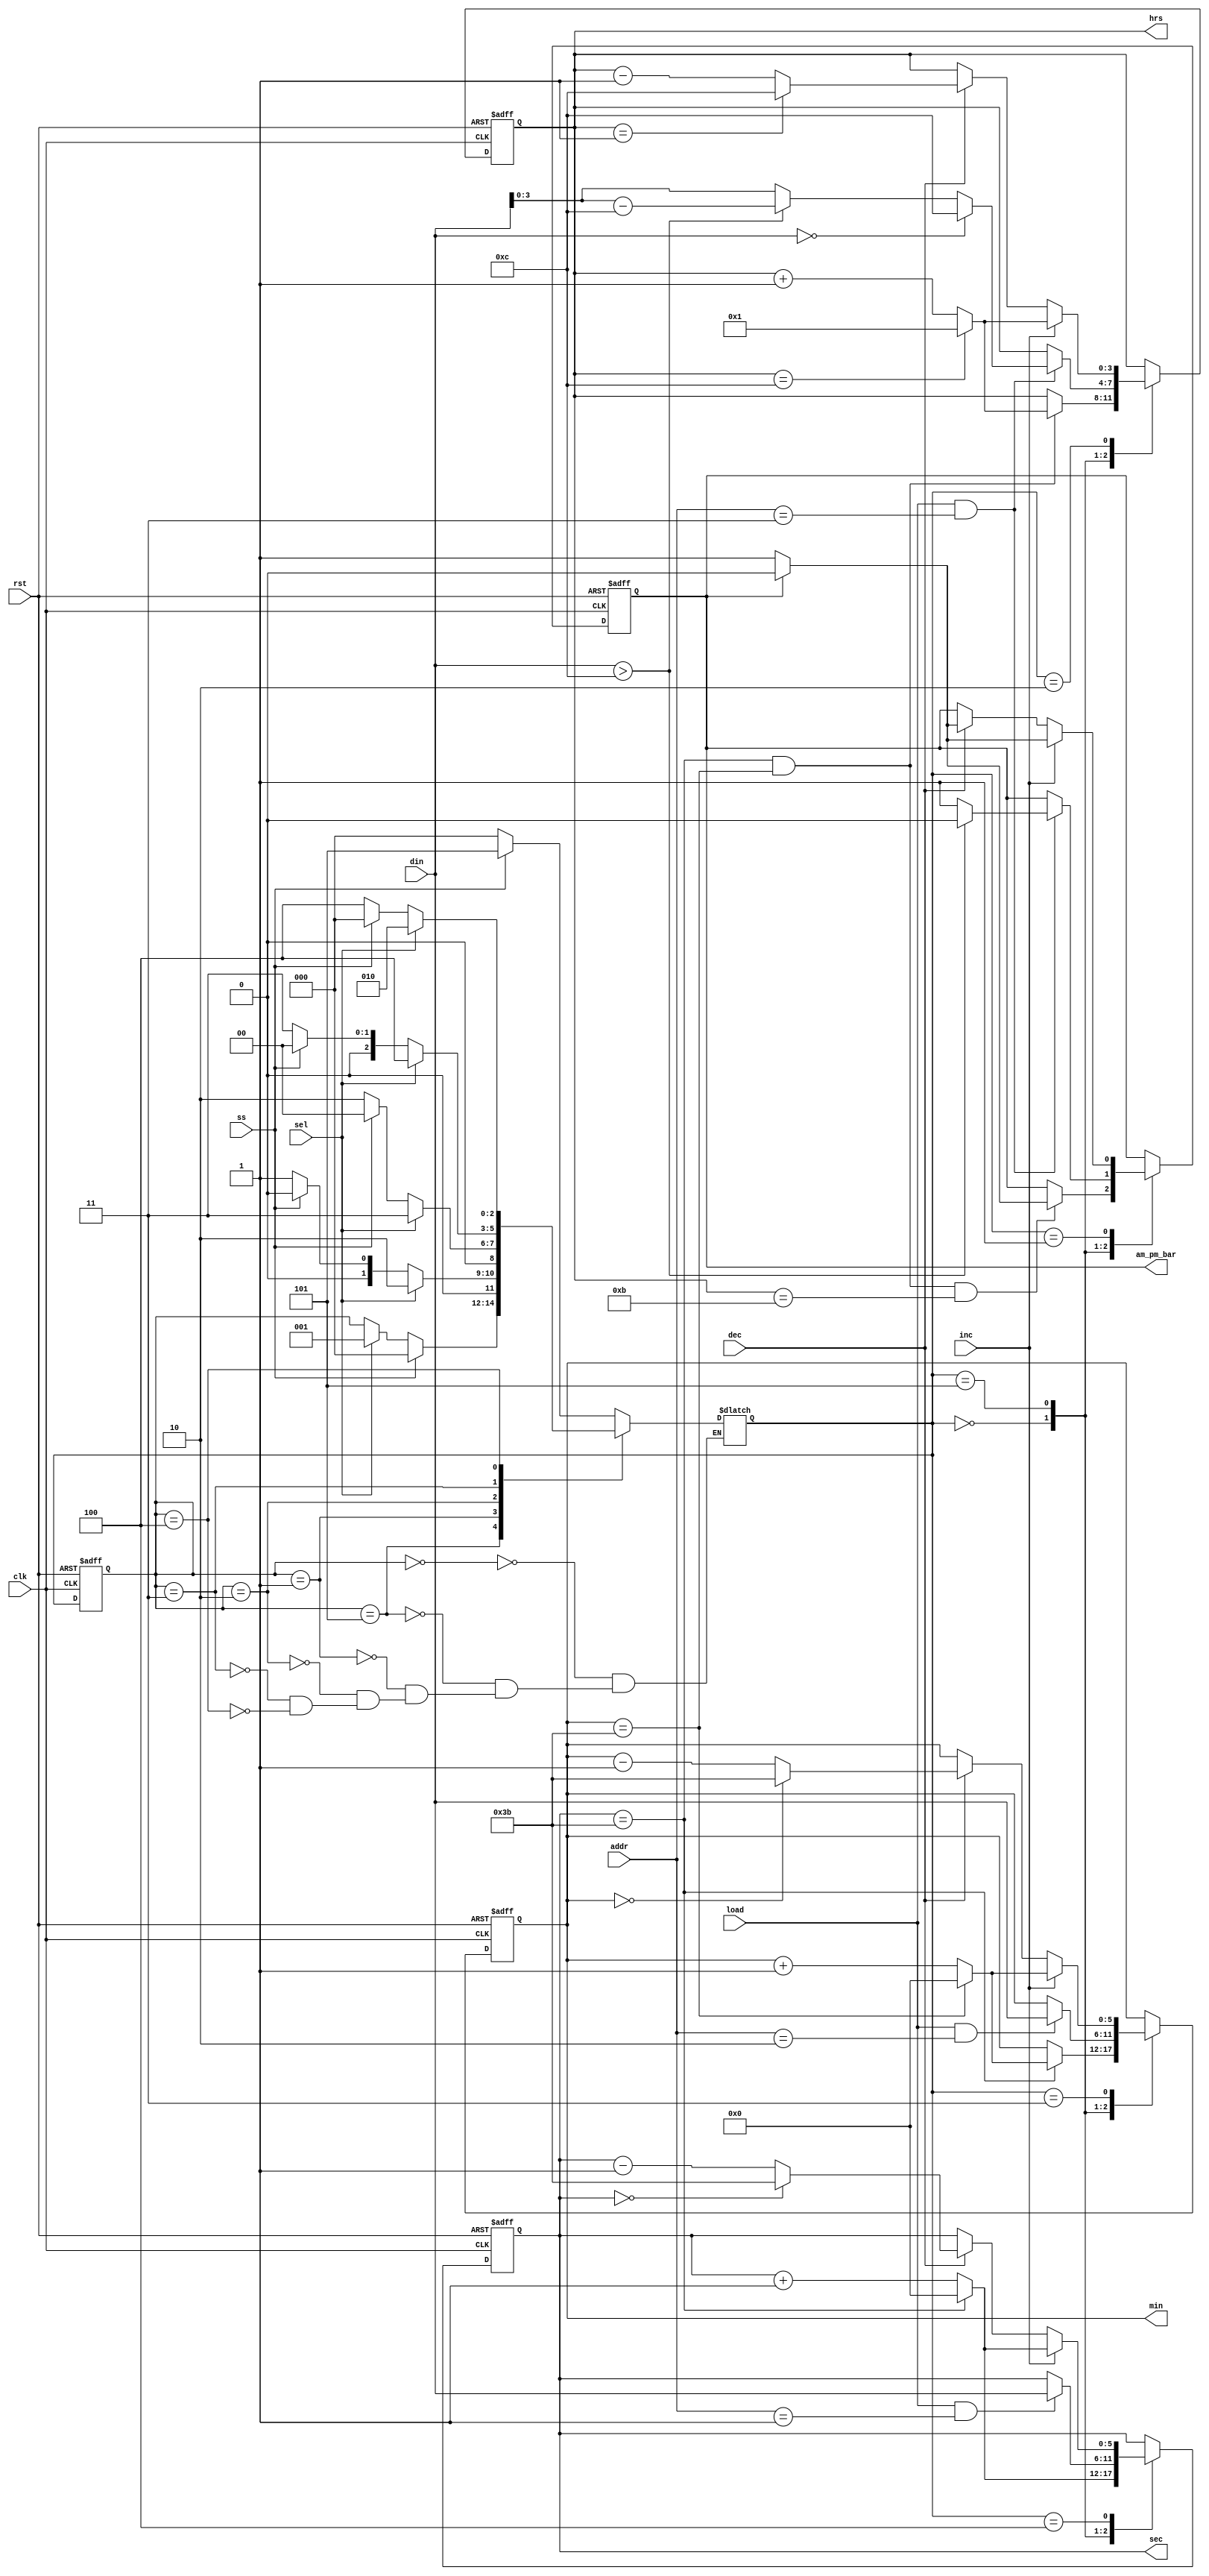
module hms_with_din_12hr(
output reg am_pm_bar,
output reg [3:0] hrs,
output reg [5:0] min, sec,
input [5:0] din,
input [2:0] addr,
input load, ss, sel, inc, dec, clk, rst
);

reg [2:0] state, state_in;
parameter RUN = 0, AM_PM_B=1, HB = 2, MB = 3, SB = 4, PL = 5;
wire am_pm_bar_next;

always @(posedge clk or posedge rst)
begin
	if(rst)	state <= RUN;
	else	state <= state_in;
end

always @(*)
begin
	case(state)
		RUN :	state_in = ss ? PL : RUN;
		PL 	:	case(1)
					ss : state_in = RUN;
					sel : state_in = AM_PM_B;
					default : state_in = state;
				endcase
		AM_PM_B	:	case(1)
						sel : state_in = HB;
						ss	: state_in = RUN;
					default : state_in = AM_PM_B;
					endcase
		HB	:	case(1)
					sel : state_in = MB;
					ss	: state_in = RUN;
					default : state_in = HB;
				endcase
		MB 	:	case(1)
					sel : state_in = SB;
					ss	: state_in = RUN;
					default : state_in = MB;
				endcase
		SB	:	case(1)
					sel : state_in = HB;
					ss	: state_in = RUN;
					default : state_in = SB;
				endcase
	endcase
end

always @(posedge clk or posedge rst)
begin
	if(rst)	sec <= 0;
	else
		begin
		case(state_in)
			RUN	: sec <= (sec==59) ? 0 : (sec+1);
			PL : if(load && addr==1) sec <= din;
				 else sec <= sec;
			AM_PM_B, HB, MB : sec <= sec;
			SB : case(1)
					 inc : sec <= (sec==59) ? 0 : sec+1;
					 dec : sec <= (sec==0) ? 59 : sec-1;
				 endcase
		endcase
		end
end

always @(posedge clk or posedge rst)
begin
	if(rst)	min <= 0;
	else
		begin
		case(state_in)
			RUN	: if(sec==59)	min <= (min==59) ? 0 : (min+1);
				  else min <= min;
			PL : if(load && addr==2) min <= din;
				 else min <= min;
			AM_PM_B, HB, SB : min <= min;
			MB : case(1)
					 inc : min <= (min==59) ? 0 : min+1;
					 dec : min <= (min==0) ? 59 : min-1;
				 endcase
		endcase
		end
end

always @(posedge clk or posedge rst)
begin
	if(rst)	hrs <=12;
	else
		begin
		case(state_in)
			RUN	: if(sec==59 && min==59)	hrs <= (hrs==12) ? 1 : (hrs+1);
				  else hrs <= hrs;
			PL : if(load && addr==3) 
					 begin
					 if(din==0)	hrs <= 12;
					 else		hrs <= (din>12) ? (din-12) : din;
					 end
				 else hrs <= hrs;
			AM_PM_B, MB, SB : hrs <= hrs;
			HB : case(1)
					 inc : hrs <= (hrs==12) ? 1 : hrs+1;
					 dec : hrs <= (hrs==1) ? 12 : hrs-1;
				 endcase
		endcase
		end
end

assign am_pm_bar_next = am_pm_bar ? 0 : 1;

always @(posedge clk or posedge rst)
begin
	if(rst) am_pm_bar <= 1;
	else
		begin
		case(state_in)
			RUN : if(sec==59 && min==59 && hrs==11)	am_pm_bar <= (am_pm_bar) ? 0 : 1;
				  else am_pm_bar <= am_pm_bar;
			PL	: if(load && addr==3)	am_pm_bar <= (din>12) ? 0 : 1;
				  else am_pm_bar <= am_pm_bar;
			HB, MB, SB : am_pm_bar <= am_pm_bar;
			AM_PM_B : case(1)
						inc : am_pm_bar <= am_pm_bar_next;
						dec : am_pm_bar <= am_pm_bar_next;
					  endcase
		endcase
		end
end

endmodule